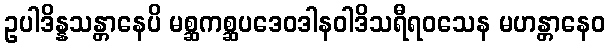
ဥပါဒိန္နသန္တာနေပိ မစ္ဆကစ္ဆပဒေဝဒါနဝါဒိသရီရဝသေန မဟန္တာနေဝ